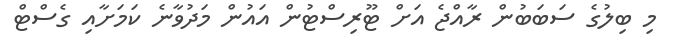
މި ބިލުގެ ސަބަބުން ރާއްޖެ އަށް ޓޫރިސްޓުން އައުން މަދުވާނެ ކަމަށާއި ގެސްޓް